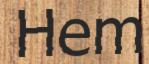
Hem